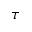
\tau